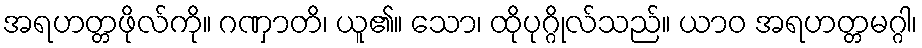
အရဟတ္တဖိုလ်ကို။ ဂဏှာတိ၊ ယူ၏။ သော၊ ထိုပုဂ္ဂိုလ်သည်။ ယာဝ အရဟတ္တမဂ္ဂါ၊